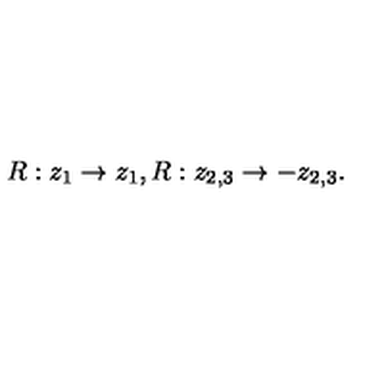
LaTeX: R : z _ { 1 } \rightarrow z _ { 1 } , R : z _ { 2 , 3 } \rightarrow - z _ { 2 , 3 } .